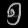
Digit: ၅